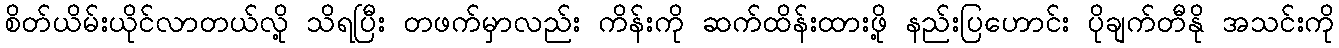
စိတ်ယိမ်းယိုင်လာတယ်လို့ သိရပြီး တဖက်မှာလည်း ကိန်းကို ဆက်ထိန်းထားဖို့ နည်းပြဟောင်း ပိုချက်တီနို အသင်းကို